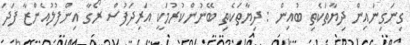
ގިނަގިނައިން ދިޔާތަކެތި ބުއިން : ދިޔާތަކެތި ބޭނުންކުރުމަކީ އަރިދަފުސް ރޯގާ އިންފުލުއެންޒާ ފަދަ